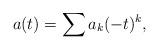
LaTeX: \begin{align*}a(t)=\sum a_k(-t)^k,\end{align*}